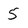
Character: 5